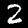
Label: 2